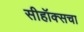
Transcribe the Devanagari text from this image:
सीहॉक्सचा